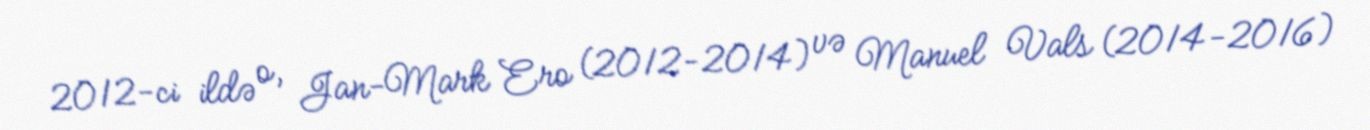
2012-ci ildə o, Jan-Mark Ero (2012-2014) və Manuel Vals (2014-2016)